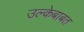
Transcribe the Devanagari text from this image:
उल्केबाबत